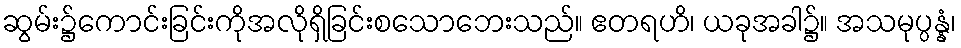
ဆွမ်း၌ကောင်းခြင်းကိုအလိုရှိခြင်းစသောဘေးသည်။ ဧတရဟိ၊ ယခုအခါ၌။ အသမုပ္ပန္နံ၊